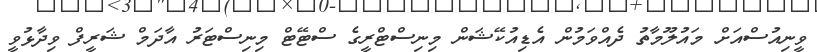
ވީނިއުސްއަށް މައުލޫމާތު ދެއްވަމުން އެޑިއުކޭޝަަން މިނިސްޓްރީގެ ސްޓޭޓް މިނިސްޓަރު އާދަމް ޝަރީފް ވިދާޅުވީ